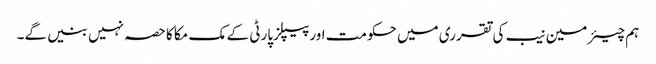
ہم چیئرمین نیب کی تقرری میں حکومت اورپیپلزپارٹی کے مک مکا کا حصہ نہیں بنیں گے۔